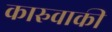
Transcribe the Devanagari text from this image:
कारुवाकी